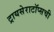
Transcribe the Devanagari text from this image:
ट्रायसेराटॉप्सची